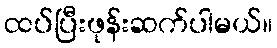
ထပ်ပြီးဖုန်းဆက်ပါမယ်။